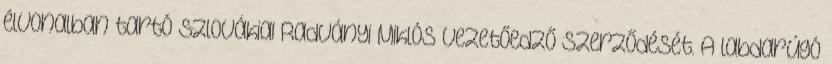
élvonalban tartó szlovákiai Radványi Miklós vezetőedző szerződését. A labdarúgó